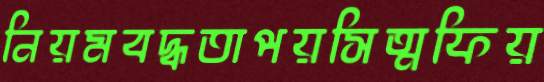
নিয়মবদ্ধতাপয়সিত্মফিয়